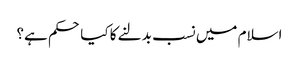
اسلام میں نسب بدلنے کا کیا حکم ہے؟